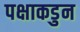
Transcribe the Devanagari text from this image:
पक्षाकडुन